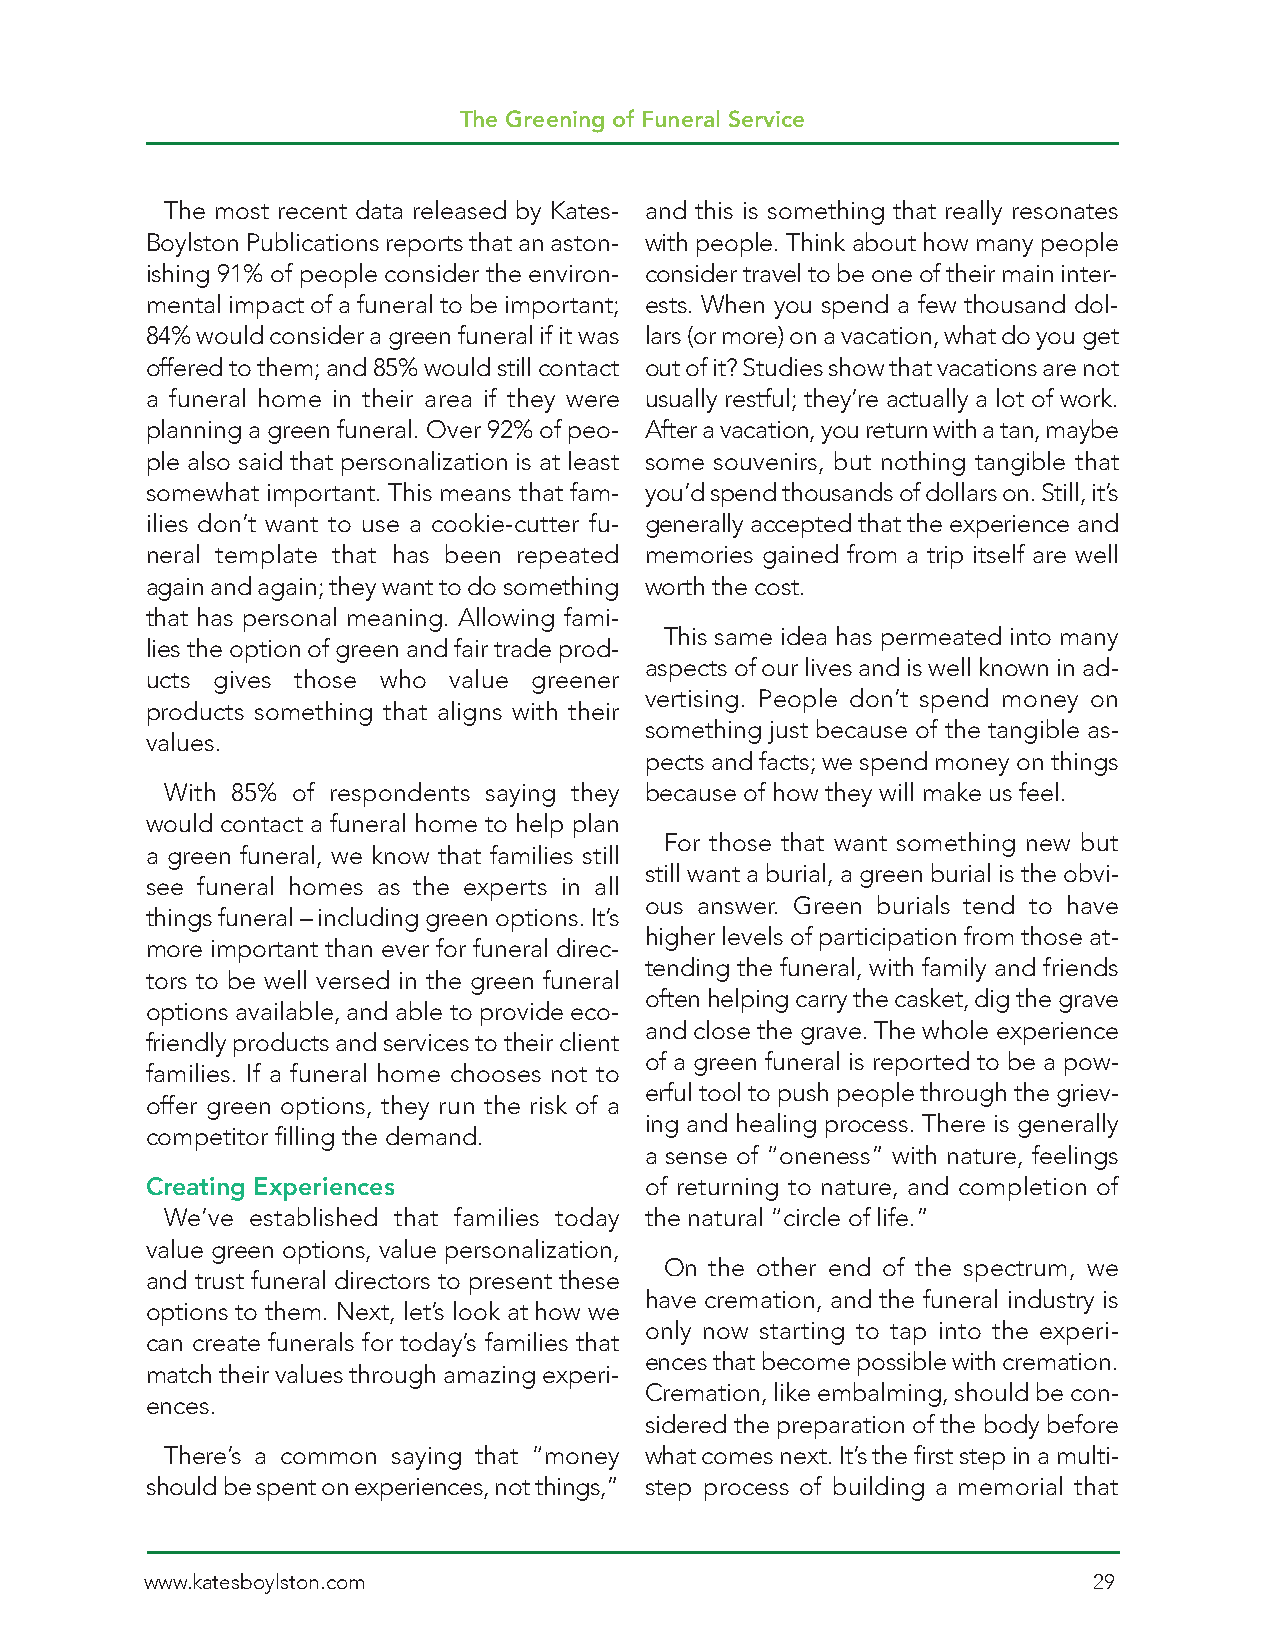
The Greening of Funeral Service
 The most recent data released by Kates- and this is something that really resonates
 Boylston Publications reports that an aston- with people. Think about how many people
 ishing 91% of people consider the environ- consider travel to be one of their main inter-
 mental impact of a funeral to be important; ests. When you spend a few thousand dol-
 84% would consider a green funeral if it was lars (or more) on a vacation, what do you get
 offered to them; and 85% would still contact out of it? Studies show that vacations are not
 a funeral home in their area if they were usually restful; they’re actually a lot of work.
 planning a green funeral. Over 92% of peo- After a vacation, you return with a tan, maybe
 ple also said that personalization is at least some souvenirs, but nothing tangible that
 somewhat important. This means that fam- you’d spend thousands of dollars on. Still, it’s
 ilies don’t want to use a cookie-cutter fu- generally accepted that the experience and
 neral template that has been repeated memories gained from a trip itself are well
 again and again; they want to do something worth the cost.
 that has personal meaning. Allowing fami-
 This same idea has permeated into many
 lies the option of green and fair trade prod-
 aspects of our lives and is well known in ad-
 ucts gives those who value greener
 vertising. People don’t spend money on
 products something that aligns with their
 something just because of the tangible as-
 values.
 pects and facts; we spend money on things
 With 85% of respondents saying they because of how they will make us feel.
 would contact a funeral home to help plan
 For those that want something new but
 a green funeral, we know that families still
 still want a burial, a green burial is the obvi-
 see funeral homes as the experts in all
 ous answer. Green burials tend to have
 things funeral – including green options. It’s
 higher levels of participation from those at-
 more important than ever for funeral direc-
 tending the funeral, with family and friends
 tors to be well versed in the green funeral
 often helping carry the casket, dig the grave
 options available, and able to provide eco-
 and close the grave. The whole experience
 friendly products and services to their client
 of a green funeral is reported to be a pow-
 families. If a funeral home chooses not to
 erful tool to push people through the griev-
 offer green options, they run the risk of a
 ing and healing process. There is generally
 competitor filling the demand.
 a sense of “oneness” with nature, feelings
 Creating Experiences             of returning to nature, and completion of
 We’ve established that families today the natural “circle of life.”
 value green options, value personalization,
 On the other end of the spectrum, we
 and trust funeral directors to present these
 have cremation, and the funeral industry is
 options to them. Next, let’s look at how we
 only now starting to tap into the experi-
 can create funerals for today’s families that
 ences that become possible with cremation.
 match their values through amazing experi-
 Cremation, like embalming, should be con-
 ences.
 sidered the preparation of the body before
 There’s a common saying that “money what comes next. It’s the first step in a multi-
 should be spent on experiences, not things,” step process of building a memorial that
 www.katesboylston.com                                         29